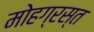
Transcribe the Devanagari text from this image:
मोहग्रस्त